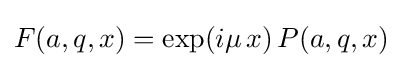
F(a,q,x)=\exp(i\mu \,x)\,P(a,q,x)